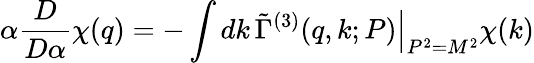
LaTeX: \alpha\frac{D}{D\alpha}\chi(q)=-\int dk\, \left.\tilde{\Gamma}^{(3)}(q,k;P)\right|_{P^{2}=M^{2}}\chi(k)